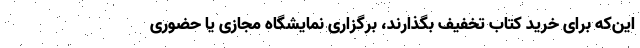
این‌که برای خرید کتاب تخفیف بگذارند، برگزاری نمایشگاه مجازی یا حضوری